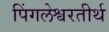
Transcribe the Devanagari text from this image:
पिंगलेश्वरतीर्थ